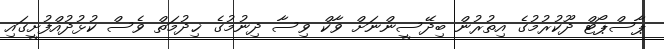
ޕާސްޕޯޓް ދޫކުރުމުގެ އިތުރުން ބިދޭސީންނަށް ވާކް ވިސާ ދިނުމުގެ ޚިދުމަތް ވެސް ކުޅުދުއްފުށީގައި